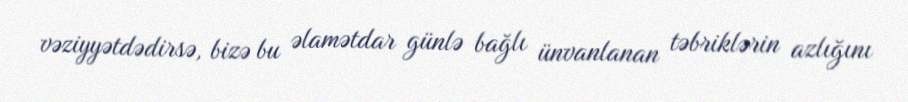
vəziyyətdədirsə, bizə bu əlamətdar günlə bağlı ünvanlanan təbriklərin azlığını